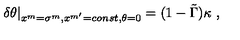
\delta \theta | _ { x ^ { m } = \sigma ^ { m } , x ^ { m ^ { \prime } } = c o n s t , \theta = 0 } = ( 1 - \tilde { \Gamma } ) \kappa \ ,